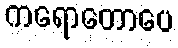
ကရောတောပေ